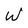
Character: W